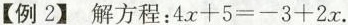
【例2]】 解方程：$$4 x + 5 = - 3 + 2 x$$